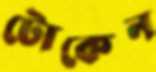
টোকেন